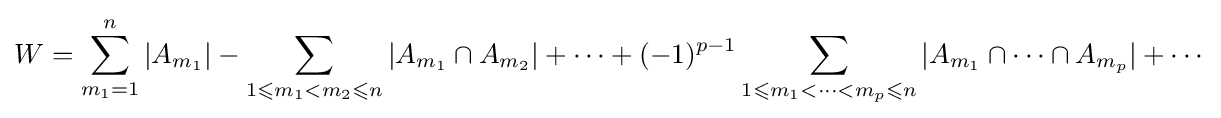
W=\sum _{m_{1}=1}^{n}|A_{m_{1}}|-\sum _{1\leqslant m_{1}<m_{2}\leqslant n}|A_{m_{1}}\cap A_{m_{2}}|+\cdots +(-1)^{p-1}\sum _{1\leqslant m_{1}<\cdots <m_{p}\leqslant n}|A_{m_{1}}\cap \cdots \cap A_{m_{p}}|+\cdots